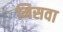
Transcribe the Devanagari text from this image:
मिसवा